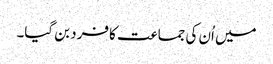
میں اُن کی جماعت کا فرد بن گیا۔